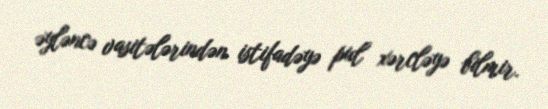
əyləncə vasitələrindən istifadəyə pul xərcləyə bilmir.